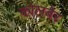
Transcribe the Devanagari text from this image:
कोलबेर